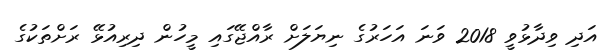
އަދި ވިދާޅުވީ 2018 ވަނަ އަހަރުގެ ނިޔަލަށް ރާއްޖޭގައި މީހުން ދިރިއުޅޭ ރަށްތަކުގެ